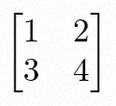
\begin{bmatrix}1&2\\3&4\end{bmatrix}